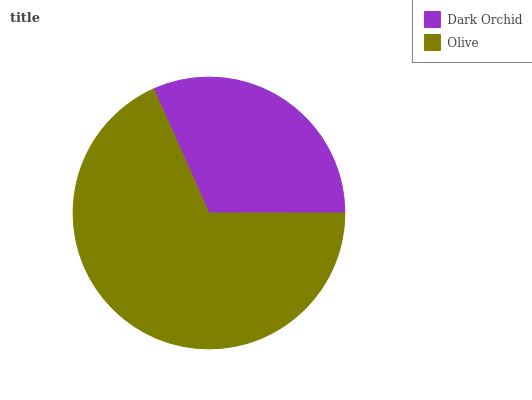
| Dark Orchid | Olive |
 | --- | --- |
 | 31.7% | 68.3% |